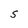
Character: S